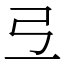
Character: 弖